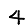
Digit: 4